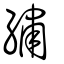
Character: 繡